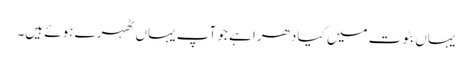
یہاں بٹوت میں کیا دھرا ہے جو آپ یہاں ٹھہرے ہوئے ہیں۔